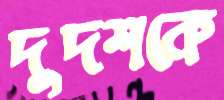
দুদশকে